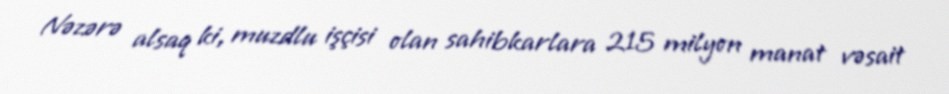
Nəzərə alsaq ki, muzdlu işçisi olan sahibkarlara 215 milyon manat vəsait